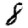
Digit: 8